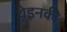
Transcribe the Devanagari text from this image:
थेइनकी